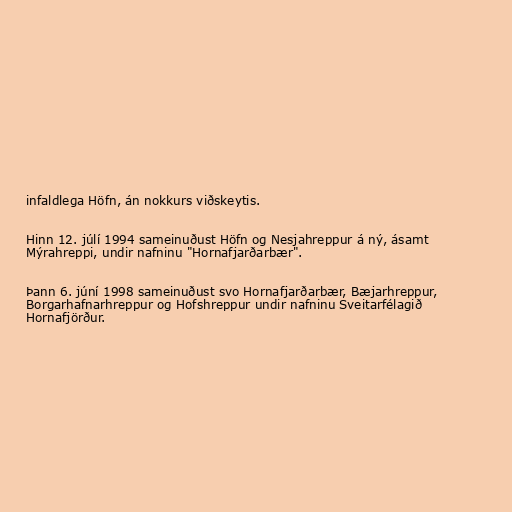
infaldlega Höfn, án nokkurs viðskeytis.

Hinn 12. júlí 1994 sameinuðust Höfn og Nesjahreppur á ný, ásamt
Mýrahreppi, undir nafninu "Hornafjarðarbær".

Þann 6. júní 1998 sameinuðust svo Hornafjarðarbær, Bæjarhreppur,
Borgarhafnarhreppur og Hofshreppur undir nafninu Sveitarfélagið
Hornafjörður.